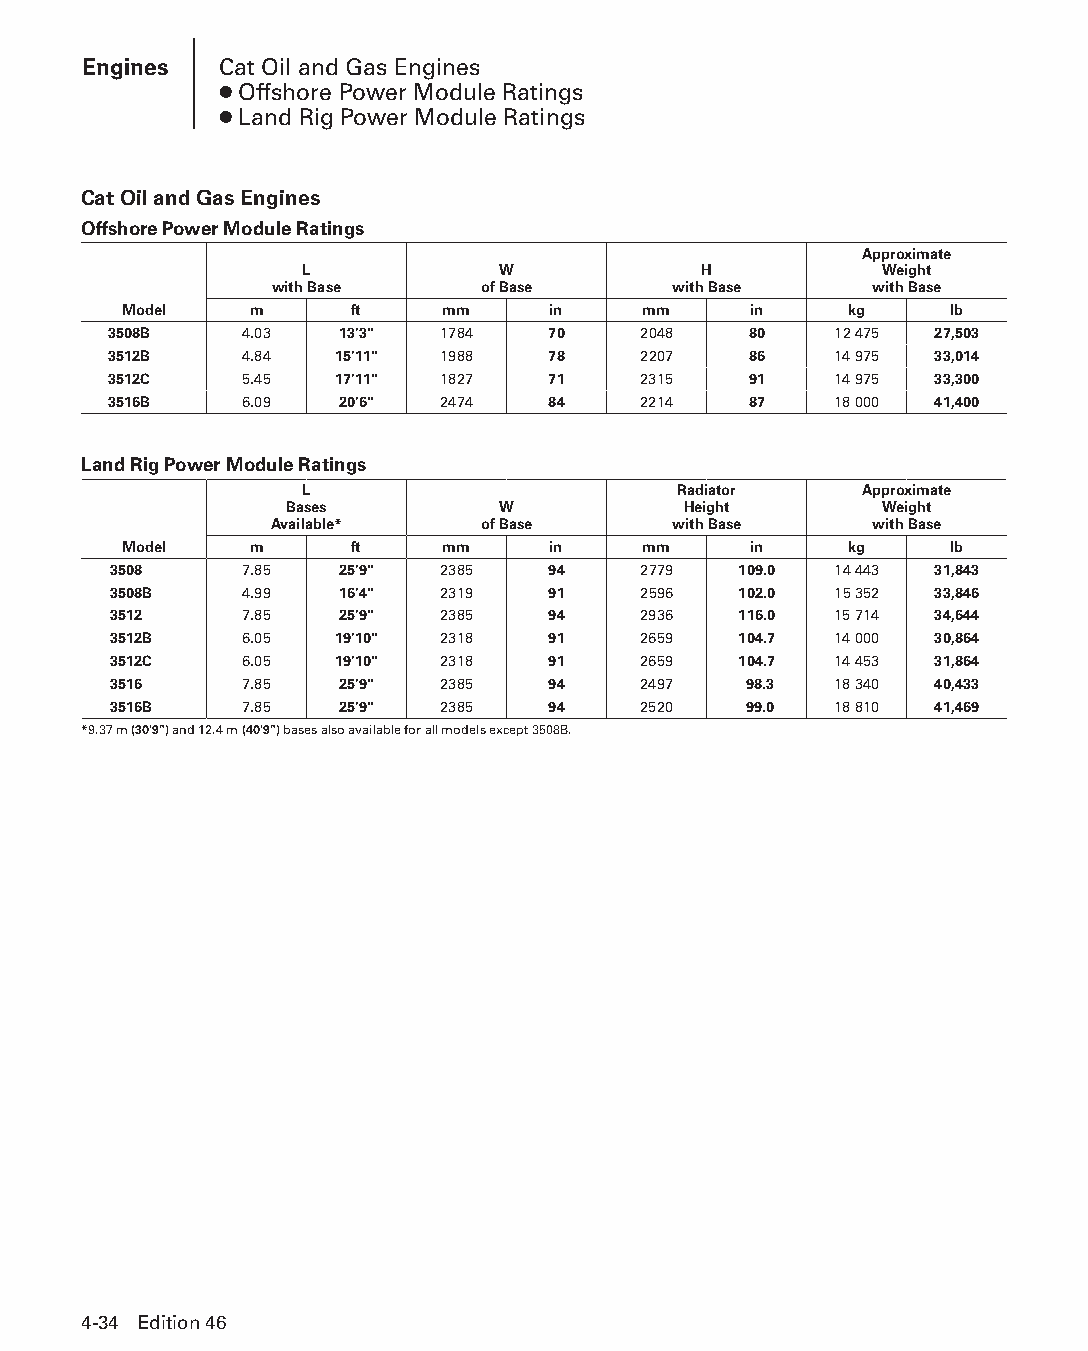
Engines  Cat Oil and Gas Engines
 ● Offshore Power Module Ratings
 ● Land Rig Power Module Ratings
 Cat Oil and Gas Engines
 Offshore Power Module Ratings
 Approximate
 L            W             H           Weight
 with Base     of Base      with Base    with Base
 Model    m      ft    mm     in    mm     in     kg    lb
 3508B   4.03   13'3"  1784   70    2048   80    12 475 27,503
 3512B   4.84   15'11" 1988   78    2207   86    14 975 33,014
 3512C   5.45   17'11" 1827   71    2315   91    14 975 33,300
 3516B   6.09   20'6"  2474   84    2214   87    18 000 41,400
 Land Rig Power Module Ratings
 L                        Radiator    Approximate
 Bases         W            Height       Weight
 Available*    of Base      with Base    with Base
 Model    m      ft    mm     in    mm     in     kg    lb
 3508    7.85   25'9"  2385   94    2779  109.0  14 443 31,843
 3508B   4.99   16'4"  2319   91    2596  102.0  15 352 33,846
 3512    7.85   25'9"  2385   94    2936  116.0  15 714 34,644
 3512B   6.05   19'10" 2318   91    2659  104.7  14 000 30,864
 3512C   6.05   19'10" 2318   91    2659  104.7  14 453 31,864
 3516    7.85   25'9"  2385   94    2497   98.3  18 340 40,433
 3516B   7.85   25'9"  2385   94    2520   99.0  18 810 41,469
 *9.37 m (30'9") and 12.4 m (40'9") bases also available for all models except 3508B.
 4-34 Edition 46
 PPHHBB--SSeecc0044--1166..iinndddd 3344                        1122//44//1155 1100::3300 AAMM